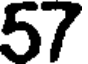
57